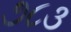
૭૮૩